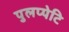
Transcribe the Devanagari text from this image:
पुलप्पेटि